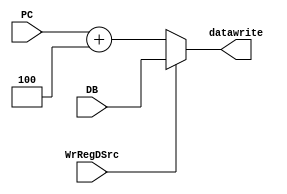
`timescale 1ns / 1ps
//////////////////////////////////////////////////////////////////////////////////
// Company: 
// Engineer: 
// 
// Design Name: 
// Module Name: regWriteData
// Project Name: 
// Target Devices: 
// Tool Versions: 
// Description: 
// 
// Dependencies: 
// 
// Revision:
// Revision 0.01 - File Created
// Additional Comments:
// 
//////////////////////////////////////////////////////////////////////////////////


module regWriteData(WrRegDSrc, PC, DB, datawrite);
    input WrRegDSrc;
    input [31:0] PC, DB;
    output [31:0] datawrite;
    assign datawrite = WrRegDSrc ? DB : PC+4;
endmodule